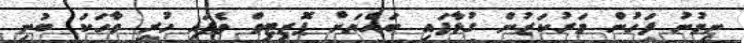
ނިމުނު ފަހުން މަރުކަޒުން ގުޅާފައި ބައްޔަށް ޕޮޒިޓިވް ވެފައި ހުރި ވާހަކަ ބުނި